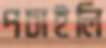
পচাইলি